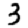
Digit: 3